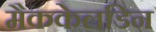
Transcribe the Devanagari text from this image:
मैककेलडिन